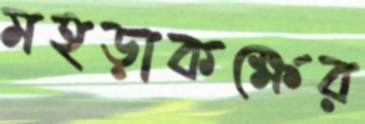
মহড়াকক্ষের